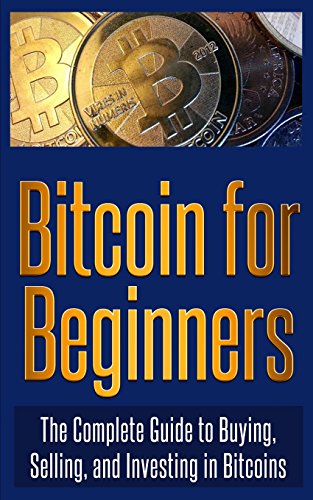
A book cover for Bitcoin for Beginners: The Complete Guide to Buying, Selling, and Investing in Bitcoins; Bitcoin Experts; Computers & Technology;